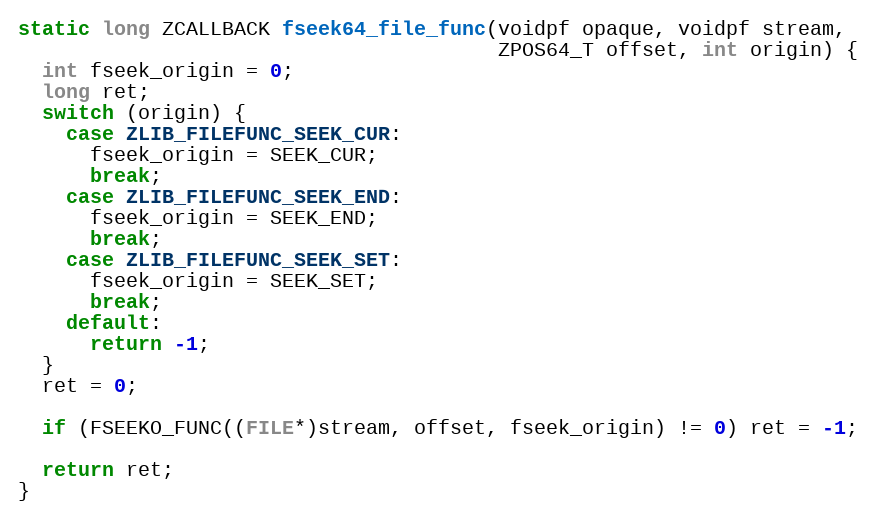
Language: C++
static long ZCALLBACK fseek64_file_func(voidpf opaque, voidpf stream,
                                        ZPOS64_T offset, int origin) {
  int fseek_origin = 0;
  long ret;
  switch (origin) {
    case ZLIB_FILEFUNC_SEEK_CUR:
      fseek_origin = SEEK_CUR;
      break;
    case ZLIB_FILEFUNC_SEEK_END:
      fseek_origin = SEEK_END;
      break;
    case ZLIB_FILEFUNC_SEEK_SET:
      fseek_origin = SEEK_SET;
      break;
    default:
      return -1;
  }
  ret = 0;

  if (FSEEKO_FUNC((FILE*)stream, offset, fseek_origin) != 0) ret = -1;

  return ret;
}